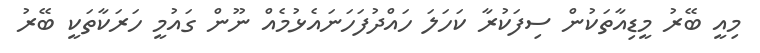
މިއީ ބޭރު މީޑިއާތަކުން ސިފަކުރާ ކަހަލަ ހައްދުފަހަނައެޅުމެއް ނޫން ގައުމީ ހަރަކާތަކީ ބޭރު